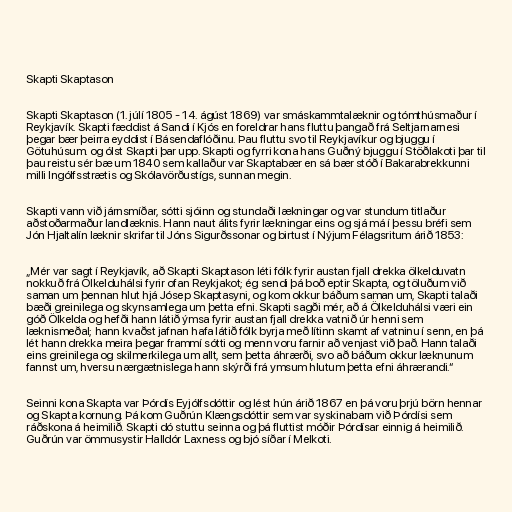
Skapti Skaptason

Skapti Skaptason (1. júlí 1805 - 14. ágúst 1869) var smáskammtalæknir og tómthúsmaður í
Reykjavík. Skapti fæddist á Sandi í Kjós en foreldrar hans fluttu þangað frá Seltjarnarnesi
þegar bær þeirra eyddist í Básendaflóðinu. Þau fluttu svo til Reykjavíkur og bjuggu í
Götuhúsum. og ólst Skapti þar upp. Skapti og fyrri kona hans Guðný bjuggu í Stöðlakoti þar til
þau reistu sér bæ um 1840 sem kallaður var Skaptabær en sá bær stóð í Bakarabrekkunni
milli Ingólfsstrætis og Skólavörðustígs, sunnan megin.

Skapti vann við járnsmíðar, sótti sjóinn og stundaði lækningar og var stundum titlaður
aðstoðarmaður landlæknis. Hann naut álits fyrir lækningar eins og sjá má í þessu bréfi sem
Jón Hjaltalín læknir skrifar til Jóns Sigurðssonar og birtust í Nýjum Félagsritum árið 1853:

„Mér var sagt í Reykjavík, að Skapti Skaptason léti fólk fyrir austan fjall drekka ölkelduvatn
nokkuð frá Ölkelduhálsi fyrir ofan Reykjakot; ég sendi þá boð eptir Skapta, og töluðum við
saman um þennan hlut hjá Jósep Skaptasyni, og kom okkur báðum saman um, Skapti talaði
bæði greinilega og skynsamlega um þetta efni. Skapti sagði mér, að á Ölkelduhálsi væri ein
góð Ölkelda og hefði hann látið ýmsa fyrir austan fjall drekka vatnið úr henni sem
læknismeðal; hann kvaðst jafnan hafa látið fólk byrja með lítinn skamt af vatninu í senn, en þá
lét hann drekka meira þegar frammí sótti og menn voru farnir að venjast við það. Hann talaði
eins greinilega og skilmerkilega um allt, sem þetta áhrærði, svo að báðum okkur læknunum
fannst um, hversu nærgætnislega hann skýrði frá ymsum hlutum þetta efni áhrærandi.“

Seinni kona Skapta var Þórdís Eyjólfsdóttir og lést hún árið 1867 en þá voru þrjú börn hennar
og Skapta kornung. Þá kom Guðrún Klængsdóttir sem var syskinabarn við Þórdísi sem
ráðskona á heimilið. Skapti dó stuttu seinna og þá fluttist móðir Þórdísar einnig á heimilið.
Guðrún var ömmusystir Halldór Laxness og bjó síðar í Melkoti.